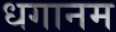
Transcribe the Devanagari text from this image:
धगानम